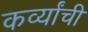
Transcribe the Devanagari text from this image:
कर्व्यांची